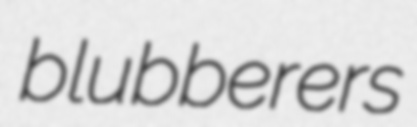
blubberers